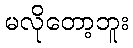
မလိုတော့ဘူး